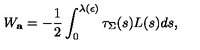
W _ { \bf a } = - { \frac { 1 } { 2 } } \int _ { 0 } ^ { \lambda ( \epsilon ) } \tau _ { \Sigma } ( s ) L ( s ) d s ,